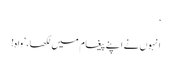
‘
انہوں نے اپنے پیغام میں لکھا، ’واہ!